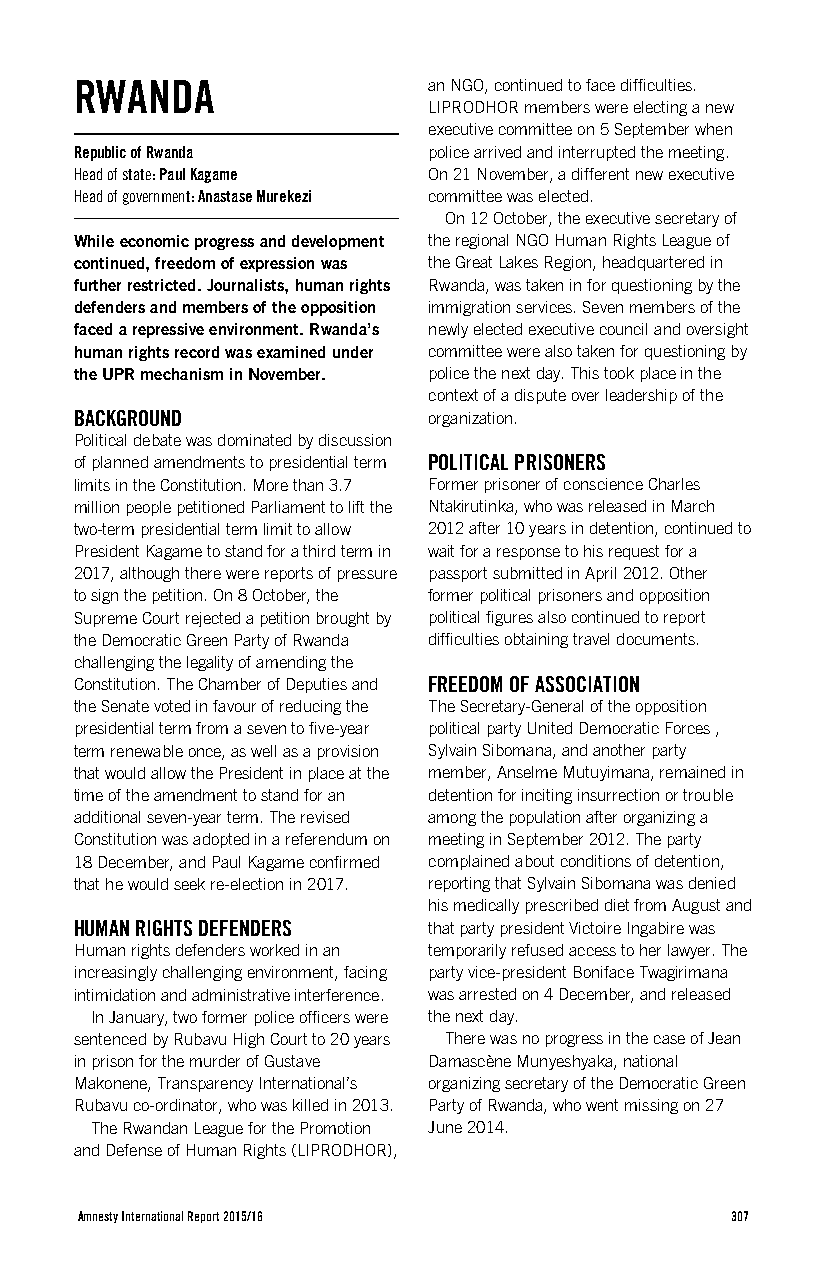
RWANDA                 an NGO, continued to face difficulties.
 LIPRODHOR members were electing a new
 executive committee on 5 September when
 Republic of Rwanda     police arrived and interrupted the meeting.
 Head of state: Paul Kagame On 21 November, a different new executive
 Head of government: Anastase Murekezi committee was elected.
 On 12 October, the executive secretary of
 While economic progress and development the regional NGO Human Rights League of
 continued, freedom of expression was the Great Lakes Region, headquartered in
 further restricted. Journalists, human rights Rwanda, was taken in for questioning by the
 defenders and members of the opposition immigration services. Seven members of the
 faced a repressive environment. Rwanda’s newly elected executive council and oversight
 human rights record was examined under committee were also taken for questioning by
 the UPR mechanism in November. police the next day. This took place in the
 context of a dispute over leadership of the
 BACKGROUND             organization.
 Political debate was dominated by discussion
 of planned amendments to presidential term POLITICAL PRISONERS
 limits in the Constitution. More than 3.7 Former prisoner of conscience Charles
 million people petitioned Parliament to lift the Ntakirutinka, who was released in March
 two-term presidential term limit to allow 2012 after 10 years in detention, continued to
 President Kagame to stand for a third term in wait for a response to his request for a
 2017, although there were reports of pressure passport submitted in April 2012. Other
 to sign the petition. On 8 October, the former political prisoners and opposition
 Supreme Court rejected a petition brought by political figures also continued to report
 the Democratic Green Party of Rwanda difficulties obtaining travel documents.
 challenging the legality of amending the
 Constitution. The Chamber of Deputies and FREEDOM OF ASSOCIATION
 the Senate voted in favour of reducing the The Secretary-General of the opposition
 presidential term from a seven to five-year political party United Democratic Forces ,
 term renewable once, as well as a provision Sylvain Sibomana, and another party
 that would allow the President in place at the member, Anselme Mutuyimana, remained in
 time of the amendment to stand for an detention for inciting insurrection or trouble
 additional seven-year term. The revised among the population after organizing a
 Constitution was adopted in a referendum on meeting in September 2012. The party
 18 December, and Paul Kagame confirmed complained about conditions of detention,
 that he would seek re-election in 2017. reporting that Sylvain Sibomana was denied
 his medically prescribed diet from August and
 HUMAN RIGHTS DEFENDERS that party president Victoire Ingabire was
 Human rights defenders worked in an temporarily refused access to her lawyer. The
 increasingly challenging environment, facing party vice-president Boniface Twagirimana
 intimidation and administrative interference. was arrested on 4 December, and released
 In January, two former police officers were the next day.
 sentenced by Rubavu High Court to 20 years There was no progress in the case of Jean
 in prison for the murder of Gustave Damascène Munyeshyaka, national
 Makonene, Transparency International’s organizing secretary of the Democratic Green
 Rubavu co-ordinator, who was killed in 2013. Party of Rwanda, who went missing on 27
 The Rwandan League for the Promotion June 2014.
 and Defense of Human Rights (LIPRODHOR),
 Amnesty International Report 2015/16       307